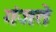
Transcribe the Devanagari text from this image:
गंजते